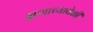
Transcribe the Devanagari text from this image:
क्षणाच्यावेळी